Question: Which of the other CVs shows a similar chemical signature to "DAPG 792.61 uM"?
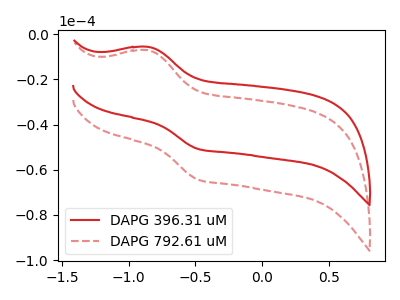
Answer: <think>The red curve "DAPG 396.31 uM" has an anodic peak at (-0.85V, -5.70uA) and a cathodic peak at (-0.50V, -50.75uA). The red dashed curve "DAPG 792.61 uM" has an anodic peak at (-0.85V, -7.20uA) and a cathodic peak at (-0.50V, -64.30uA).
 All the peaks in "DAPG 396.31 uM" have a peak in "DAPG 792.61 uM" at the same potential.</think>
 <answer>The CV with the most similar shape to "DAPG 396.31 uM" is "DAPG 792.61 uM".</answer>
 <eval>"DAPG 792.61 uM"</eval>